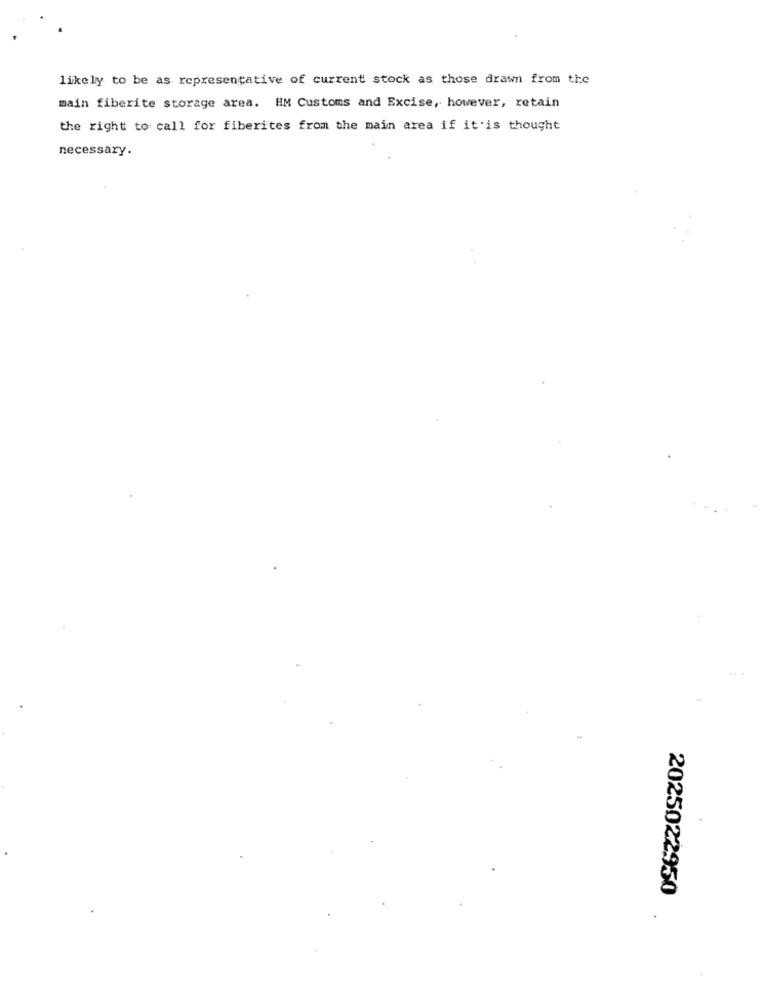
likely to be as representative of current stock as those drawn from the
main fiberite storage area. HM Customs and Excise, however, retain
the right to call for fiberites from the main area if it is thought
necessary.
2025022950